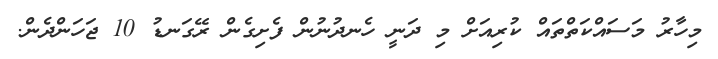
މިހާރު މަސައްކަތްތައް ކުރިއަށް މި ދަނީ ހެނދުނުން ފެށިގެން ރޭގަނޑު 10 ޖަހަންދެން.